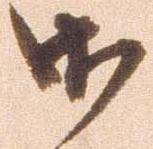
御